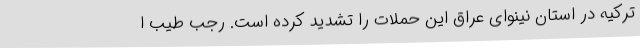
ترکیه در استان نینوای عراق این حملات را تشدید کرده است. رجب طیب ا